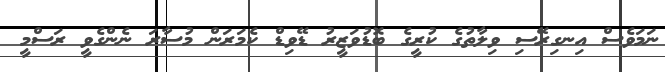
ނަމަވެސް އިނގިރޭސި ވިލާތުގެ ކުރީގެ ބޮޑުވަޒީރު ޑޭވިޑް ކެމަރަން މުސާރަ ނެންގެވީ ރަސްމީ